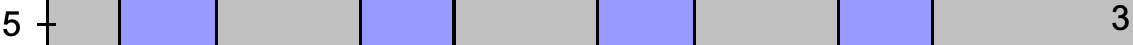
5                                    3